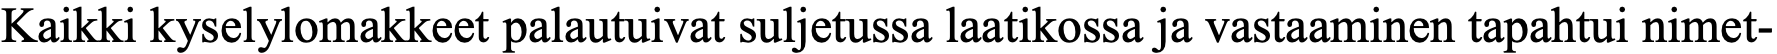
Kaikki kyselylomakkeet palautuivat suljetussa laatikossa ja vastaaminen tapahtui nimet-